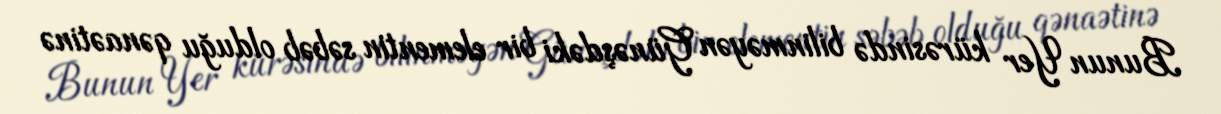
Bunun Yer kürəsində bilinməyən Günəşdəki bir elementin səbəb olduğu qənaətinə